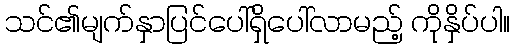
သင်၏မျက်နှာပြင်ပေါ်ရှိပေါ်လာမည့် ကိုနှိပ်ပါ။